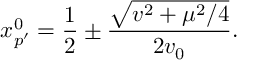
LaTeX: x _ { p ^ { \prime } } ^ { 0 } = \frac { 1 } { 2 } \pm \frac { \sqrt { v ^ { 2 } + \mu ^ { 2 } / 4 } } { 2 v _ { 0 } } .